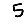
Digit: 5